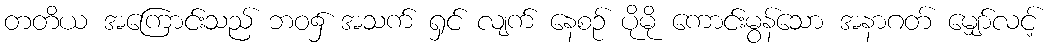
တတိယ အကြောင်းသည် ဘဝ၌ အသက် ရှင် လျက် နေစဉ် ပိုမို ကောင်းမွန်သော အနာဂတ် မျှော်လင့်